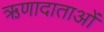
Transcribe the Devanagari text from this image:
ऋणादाताओं